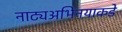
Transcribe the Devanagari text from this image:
नाट्यअभिनयाकडे